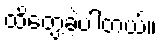
ထိတွေ့ခဲ့ပါတယ်။